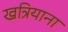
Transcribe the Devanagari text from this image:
खत्रियाना